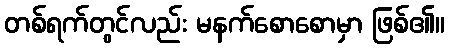
တစ်ရက်တွင်လည်း မနက်စောစောမှာ ဖြစ်၏။